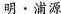
明·浦源